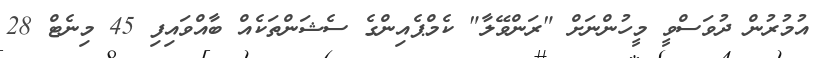
އުމުރުން ދުވަސްވީ މީހުންނަށް "ރަންވޭލާ" ކެމްޕެއިންގެ ސެޝަންތަކެއް ބާއްވައިފި 45 މިނެޓް 28